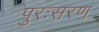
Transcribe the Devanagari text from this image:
पुरःसरण